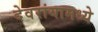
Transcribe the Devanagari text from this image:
देवरांयामध्ये